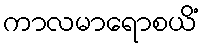
ကာလမာရောစယိံ